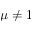
\mu \neq 1